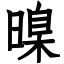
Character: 暞